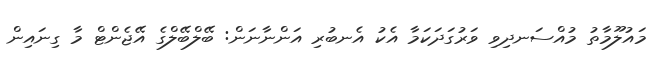
މައުލޫމާތު މުއްސަނދިވި ވަރުގަދަކަމާ އެކު އެނބުރި އަންނާނަން: ބޭލްބޭލްގެ އޭޖެންޓް މާ ގިނައިން